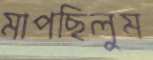
মাপছিলুম